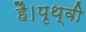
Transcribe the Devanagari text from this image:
है।पृथ्वी